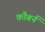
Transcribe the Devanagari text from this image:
कौबर्न